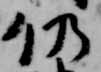
仍